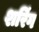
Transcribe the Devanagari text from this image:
शरिंग